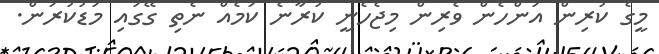
މީގެ ކުރިން އަންހެން ވެރިން މިޖެހެނީ ކުރާނެ ކަމެއް ނެތި ގޭގައި މަޑުކުރަން.